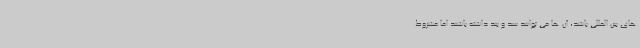
های بین المللی باشد، آن ها می توانند سد و بند داشته باشند اما مشروط